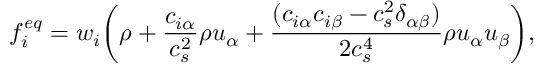
f _ { i } ^ { e q } = w _ { i } \bigg ( \rho + \frac { c _ { i \alpha } } { c _ { s } ^ { 2 } } \rho u _ { \alpha } + \frac { ( c _ { i \alpha } c _ { i \beta } - c _ { s } ^ { 2 } \delta _ { \alpha \beta } ) } { 2 c _ { s } ^ { 4 } } \rho u _ { \alpha } u _ { \beta } \bigg ) ,